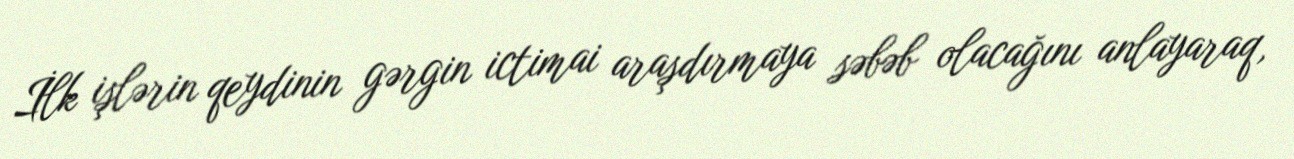
İlk işlərin qeydinin gərgin ictimai araşdırmaya səbəb olacağını anlayaraq,